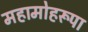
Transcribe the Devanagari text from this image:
महामोहरूपा